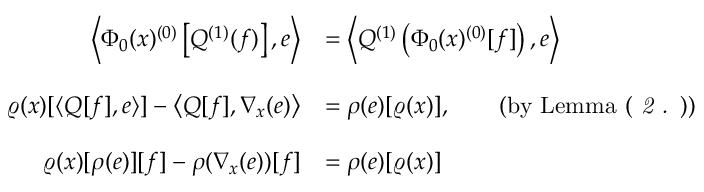
\begin{array} { r l } { \left\langle \Phi _ { 0 } ( x ) ^ { ( 0 ) } \left[ Q ^ { ( 1 ) } ( f ) \right] , e \right\rangle } & { = \left\langle Q ^ { ( 1 ) } \left( \Phi _ { 0 } ( x ) ^ { ( 0 ) } [ f ] \right) , e \right\rangle } \\ & { } \\ { \varrho ( x ) [ \langle Q [ f ] , e \rangle ] - \left\langle Q [ f ] , \nabla _ { x } ( e ) \right\rangle } & { = \rho ( e ) [ \varrho ( x ) ] , \qquad \mathrm { ( b y ~ L e m m a ~ ( \emph { 2 . } ) ) } } \\ & { } \\ { \varrho ( x ) [ \rho ( e ) ] [ f ] - \rho ( \nabla _ { x } ( e ) ) [ f ] } & { = \rho ( e ) [ \varrho ( x ) ] } \end{array}